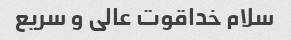
سلام خداقوت عالی و سریع